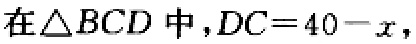
在\(\triangle BCD\)中，\(DC = 40 - x\)